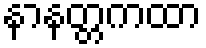
နာနတ္တကထာ